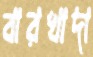
বারখাদা